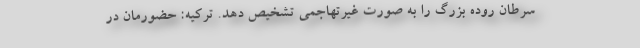
سرطان روده بزرگ را به صورت غیرتهاجمی تشخیص دهد. ترکیه: حضورمان در